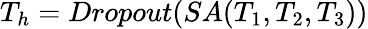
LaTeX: T_{h}=Dropout(SA(T_{1},T_{2},T_{3}))